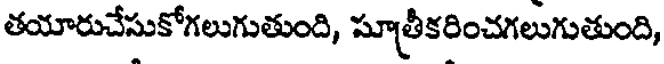
తయారుచేసుకోగలుగుతుంది, సూత్రీకరించగలుగుతుంది,